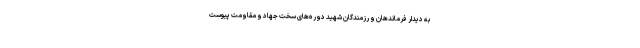
به دیدار فرماندهان و رزمندگان شهید دوره‌های سخت جهاد و مقاومت پیوست